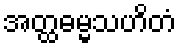
အတ္ထဓမ္မသဟိတံ